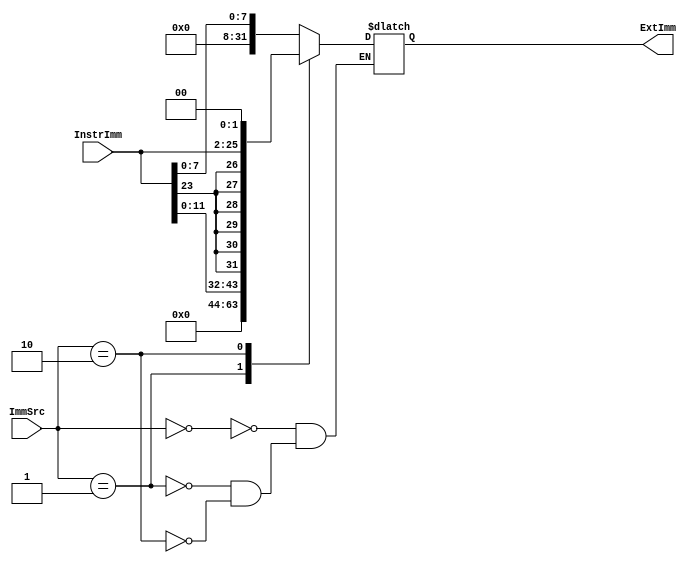
module Extend(
    input [1:0] ImmSrc,
    input [23:0] InstrImm,

    output reg [31:0] ExtImm
    );  
    
    // ImmSrc 00: DP    01: LDR/STR 10: B
    always @(*) begin
        case(ImmSrc)
            2'b00:  ExtImm = {{24{1'b0}},InstrImm[7:0]};
            2'b01:  ExtImm = {{20{1'b0}},InstrImm[11:0]};
            2'b10:  ExtImm = {{6{InstrImm[23]}},InstrImm[23:0],2'b00};
        endcase
    end
endmodule